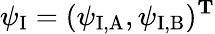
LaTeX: \psi_{\mathrm{I}}=(\psi_{\mathrm{I,A}},\psi_{\mathrm{I,B}})^{\mathbf{T}}